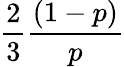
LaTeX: \frac{2}{3}\frac{(1-p)}{p}